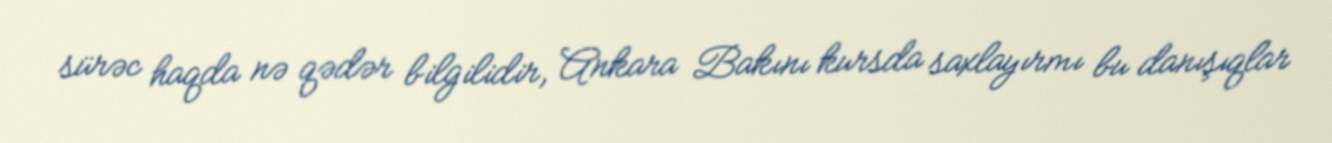
sürəc haqda nə qədər bilgilidir, Ankara Bakını kursda saxlayırmı bu danışıqlar